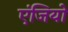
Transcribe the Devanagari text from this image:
एंजियो